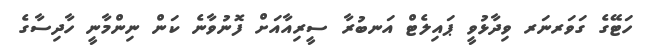
ހަޓޭގެ ގަވަރނަރ ވިދާޅުވީ ޕައިލެޓް އަނބުރާ ސީރިއާއަށް ފޮނުވާނެ ކަން ނިންމާނީ ހާދިސާގެ